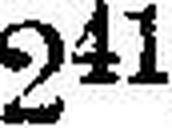
2«